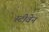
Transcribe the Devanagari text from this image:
स्‍टीवेन